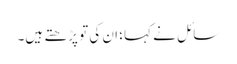
سائل نے کہا؛ ان کی تو پڑھتے ہیں۔